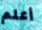
أعلم